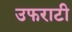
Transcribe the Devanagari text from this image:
उफराटी